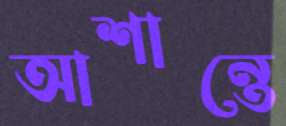
আশান্তে